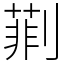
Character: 㔈